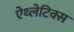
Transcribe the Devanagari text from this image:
ऐथ्लेटिक्स